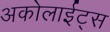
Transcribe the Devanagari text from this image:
अकोलाईट्स